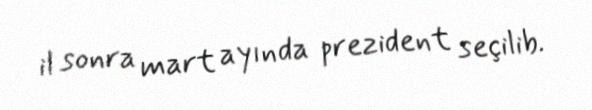
il sonra mart ayında prezident seçilib.